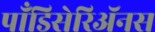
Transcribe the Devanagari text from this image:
पाँडिसेरिॲनस